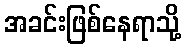
အခင်းဖြစ်နေရာသို့